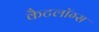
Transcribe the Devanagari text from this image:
कैटलॉग्स